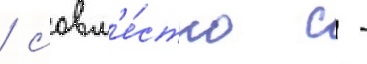
/ совм'е́стно с -